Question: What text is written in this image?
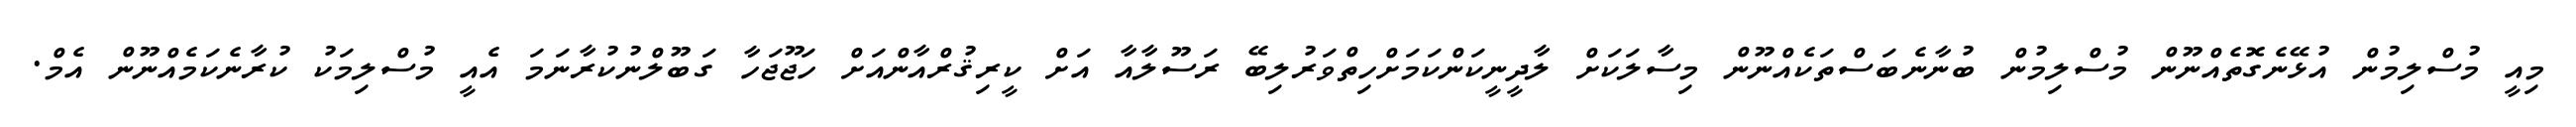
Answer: މިއީ މުސްލިމުން އުޅޭނެގޮތެއްނޫން މުސްލިމުން ބުނާނެބަސްތަކެއްނޫން މިސާލަކަށް ލާދީނީކަންކަމަށްހިތްވަރުލިބޭ ރަސޫލާއާ އަށް ކީރިޤުރްއާންއަށް ހަޖޫޖަހާ ގަބޫލްނުކުރާނަމަ އެއީ މުސްލިމަކު ކުރާނެކަމެއްނޫން އެމް.